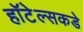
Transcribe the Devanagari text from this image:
हॉटेल्सकडे